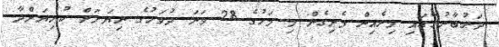
ދަރުބާރުގޭގައި މިރެއިން ފެށިގެން މި މަހުގެ 28 ވަނަ ދުވަހުގެ ނިޔަލަށް ކުރިޔަށްދާ